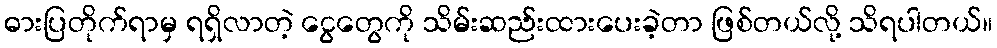
ဓားပြတိုက်ရာမှ ရရှိလာတဲ့ ငွေတွေကို သိမ်းဆည်းထားပေးခဲ့တာ ဖြစ်တယ်လို့ သိရပါတယ်။